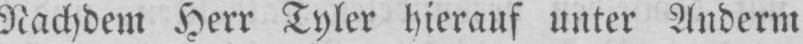
Nachdem Herr Tyler hierauf unter Anderm